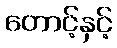
တောင့်နှင့်